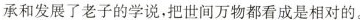
承和发展了老子的学说，把世间万物都看成是相对的。